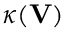
\kappa ( \mathbf { V } )